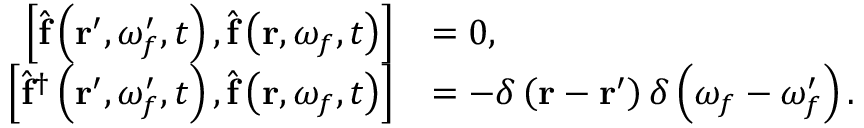
\begin{array} { r l } { \left[ \hat { \mathbf { f } } \left( \mathbf { r } ^ { \prime } , \omega _ { f } ^ { \prime } , t \right) , \hat { \mathbf { f } } \left( \mathbf { r } , \omega _ { f } , t \right) \right] } & { = 0 , } \\ { \left[ \hat { \mathbf { f } } ^ { \dagger } \left( \mathbf { r } ^ { \prime } , \omega _ { f } ^ { \prime } , t \right) , \hat { \mathbf { f } } \left( \mathbf { r } , \omega _ { f } , t \right) \right] } & { = - \delta \left( \mathbf { r } - \mathbf { r } ^ { \prime } \right) \delta \left( \omega _ { f } - \omega _ { f } ^ { \prime } \right) . } \end{array}